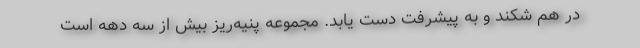
در هم شکند و به پیشرفت دست یابد. مجموعه پنیه‌ریز بیش از سه دهه است